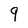
Character: 9